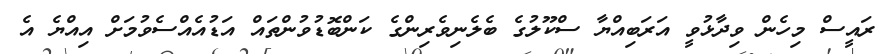
ރައީސް މިހެން ވިދާޅުވީ އަރަބިއްޔާ ސްކޫލުގެ ބެލެނިވެރިންގެ ކަންބޮޑުވުންތައް އަޑުއެއްސެވުމަށް އިއްޔެ އެ